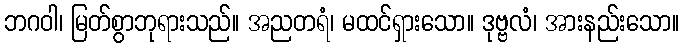
ဘဂဝါ၊ မြတ်စွာဘုရားသည်။ အညတရံ၊ မထင်ရှားသော။ ဒုဗ္ဗလံ၊ အားနည်းသော။